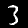
Digit: 3